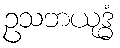
ဥသဘယုဒ္ဓံ